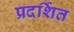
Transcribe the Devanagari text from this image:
प्रदर्शित